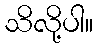
သိလို့ပါ။